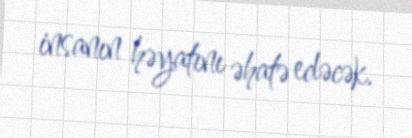
insanın həyatını əhatə edəcək.